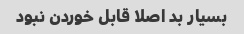
بسیار بد اصلا قابل خوردن نبود